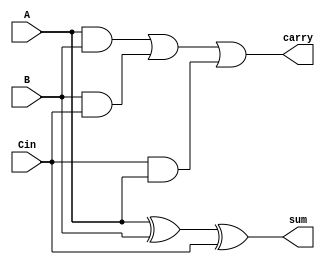
`timescale 1ns / 1ps
//////////////////////////////////////////////////////////////////////////////////
// Company: 
// Engineer: 
// 
// Design Name: 
// Module Name:    fulladderB 
// Project Name: 
// Target Devices: 
// Tool versions: 
// Description: 
//
// Dependencies: 
//
// Revision: 
// Revision 0.01 - File Created
// Additional Comments: 
//
//////////////////////////////////////////////////////////////////////////////////
module fulladderB(sum,carry,A,B,Cin
    );
input wire A,B,Cin;
output reg sum,carry;
always @(A or B or Cin)
begin
sum=A^B^Cin;
carry=((A&B)|(B&Cin)|(Cin&A));
end

endmodule